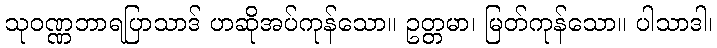
သုဝဏ္ဏဘာရပြာသာဒ် ဟဆိုအပ်ကုန်သော။ ဥတ္တမာ၊ မြတ်ကုန်သော။ ပါသာဒါ၊